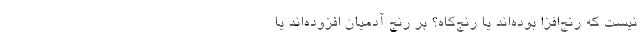
نیست که رنج‌افزا بوده‌اند یا رنج‌کاه؟ بر رنج آدمیان افزوده‌اند یا